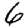
Digit: 6